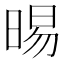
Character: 晹